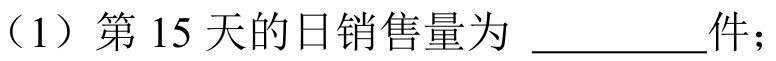
（1）第 \(15\) 天的日销售量为 \_\_\_\_\_\_件；